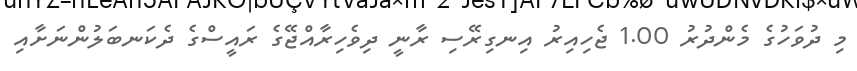
މި ދުވަހުގެ މެންދުރު 1.00 ޖެހިއިރު އިނގިރޭސި ރާނީ ދިވެހިރާއްޖޭގެ ރައީސްގެ ދެކަނބަލުންނަށާއި